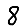
Digit: 8